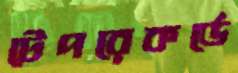
টেপরেকর্ডে